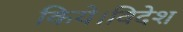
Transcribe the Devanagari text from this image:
किये।विदेश